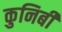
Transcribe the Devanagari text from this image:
कुनिबी